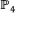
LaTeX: \mathbb { P } _ { 4 }